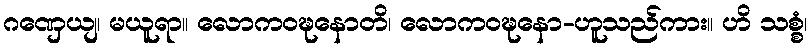
ဂဏှေယျ၊ မယူရာ။ လောကဝဍ္ဎနောတိ၊ လောကဝဍ္ဎနော-ဟူသည်ကား။ ဟိ သစ္စံ၊